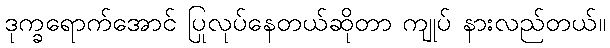
ဒုက္ခရောက်အောင် ပြုလုပ်နေတယ်ဆိုတာ ကျုပ် နားလည်တယ်။